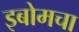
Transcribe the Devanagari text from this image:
इबोमचा